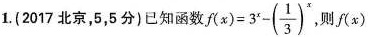
1.(2017北京，5，5分)已知函数 $$f ( x ) = 3 ^ { x } - ( \frac { 1 } { 3 } ) ^ { x }$$ ，则f(x)